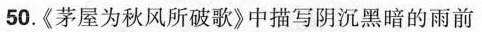
50《茅屋为秋风所破歌》中描写阴沉黑暗的雨前